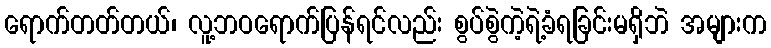
ရောက်တတ်တယ်၊ လူ့ဘဝရောက်ပြန်ရင်လည်း စွပ်စွဲကဲ့ရဲ့ခံရခြင်းမရှိဘဲ အများက